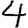
Digit: 4